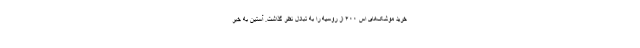
خرید موشک‌های اس ۴۰۰ از روسیه را به تبادل نظر گذاشت. آستین به خبر